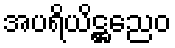
အပရိယိဋ္ဌညေဝ